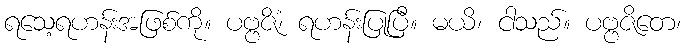
ရသေ့ရဟန်းအဖြစ်ကို။ ပဗ္ဗဇိံ၊ ရဟန်းပြုပြီ။ မယိ၊ ငါသည်။ ပဗ္ဗဇိတေ၊